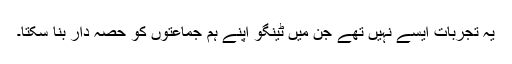
یہ تجربات ایسے نہیں تھے جن میں ٹینگو اپنے ہم جماعتوں کو حصّہ دار بنا سکتا۔